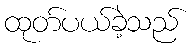
ထုတ်ပယ်ခဲ့သည်